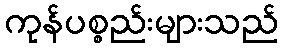
ကုန်ပစ္စည်းများသည်